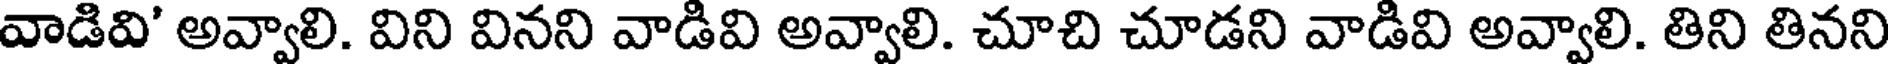
వాడివి' అవ్వాలి. విని వినని వాడివి అవ్వాలి. చూచి చూడని వాడివి అవ్వాలి. తిని తినని